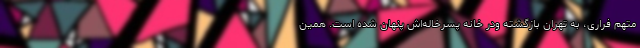
متهم فراری، به تهران بازگشته ودر خانه پسرخاله‌اش پنهان شده است. همین